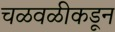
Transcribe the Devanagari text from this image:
चळवळीकडून